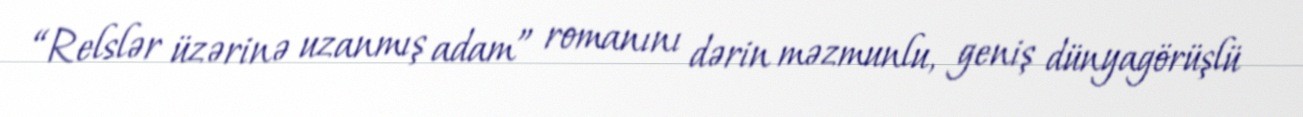
“Relslər üzərinə uzanmış adam” romanını dərin məzmunlu, geniş dünyagörüşlü